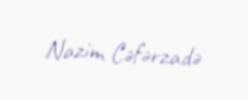
Nazim Cəfərzadə